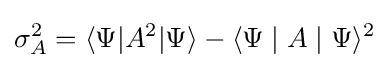
\sigma _{A}^{2}=\langle \Psi |A^{2}|\Psi \rangle -\langle \Psi \mid A\mid \Psi \rangle ^{2}